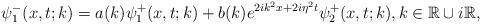
LaTeX: \begin{align*}\psi_1^-(x,t;k)=a(k)\psi_1^+(x,t;k)+b(k) e^{2ik^2x+2i \eta^2t} \psi_2^+(x,t;k), k \in \mathbb{R} \cup i\mathbb{R},\end{align*}